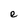
Character: e